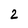
Character: 2